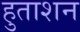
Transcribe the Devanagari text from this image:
हुताशन